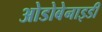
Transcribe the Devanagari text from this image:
ओडोबेनाइडी